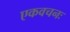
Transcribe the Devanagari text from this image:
एकवचनः